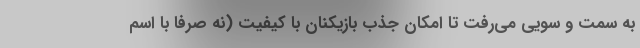
به سمت و سویی می‌رفت تا امکان جذب بازیکنان با کیفیت (نه صرفاً با اسم